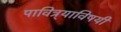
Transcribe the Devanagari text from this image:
पावित्र्याविषयी